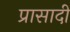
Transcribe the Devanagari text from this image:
प्रासादी